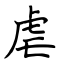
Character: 虐